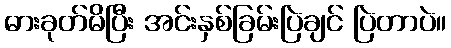
ဓားခုတ်မိပြီး အင်းနှစ်ခြမ်းပြဲချင် ပြဲတာပဲ။